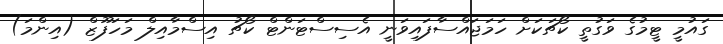
ގައުމީ ޓީމުގެ ވަގުތީ ކޯޗަކަށް ހަމަޖައްސާފައިވަނީ އެސިސްޓަންޓް ކޯޗު އިސްމާއިލް މަހަފޫޒް (އިންމަ)